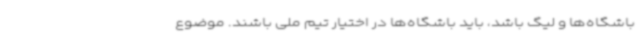
باشگاه‌ها و لیگ باشد، ‌باید باشگاه‌ها در اختیار تیم ملی باشند. موضوع